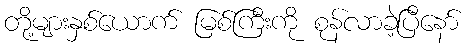
တို့များနှစ်ယောက် မြစ်ကြီးကို စုန်လာခဲ့ပြီနော်